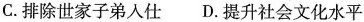
C.排除世家子弟人仕 D.提升社会文化水平